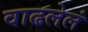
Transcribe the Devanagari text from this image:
वाढलेलं